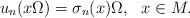
LaTeX: \begin{align*}u_n(x \Omega) = \sigma_n(x) \Omega, ~~ x \in M.\end{align*}